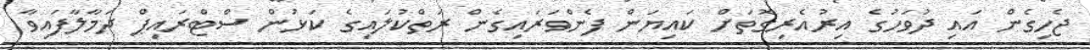
ޖެހިގެން އައި ދުވަހުގެ އިރުއެރިގޮތަށް ކައިޔަން ފެންވަރައިގެން ރަތްކުލައިގެ ކަޅުން ސްޓްރައިޕް ދަމާލާފައިވާ